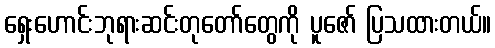
ရှေးဟောင်းဘုရားဆင်းတုတော်တွေကို ပူဇော် ပြသထားတယ်။